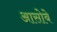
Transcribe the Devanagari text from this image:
आसोबे